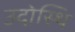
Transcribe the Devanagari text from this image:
उदोस्थि